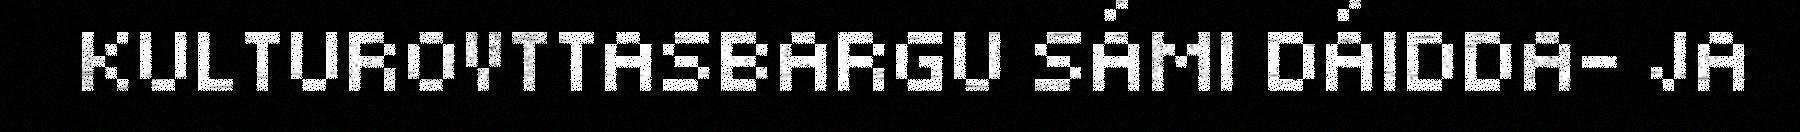
KULTUROVTTASBARGU SÁMI DÁIDDA- JA